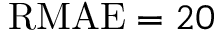
\mathrm { R M A E } = 2 0 \